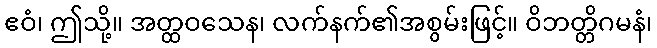
ဧဝံ၊ ဤသို့။ အတ္ထဝသေန၊ လက်နက်၏အစွမ်းဖြင့်။ ဝိဘတ္တိဂမနံ၊